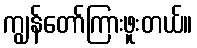
ကျွန်တော်ကြားဖူးတယ်။